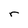
Character: r